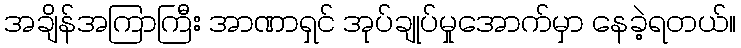
အချိန်အကြာကြီး အာဏာရှင် အုပ်ချုပ်မှုအောက်မှာ နေခဲ့ရတယ်။